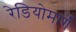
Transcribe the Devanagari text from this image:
रेडियोमार्गे